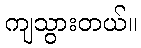
ကျသွားတယ်။